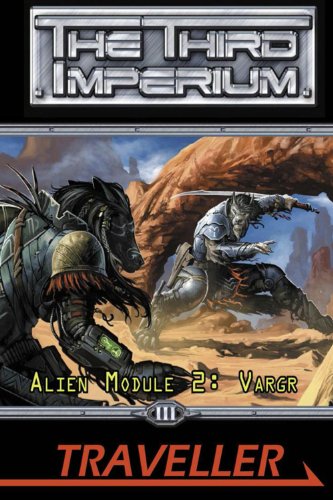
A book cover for Traveller Alien Module 2: Vargr (The Third Imperium) (Traveller Sci-Fi Roleplaying); Simon Beal; Science Fiction & Fantasy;